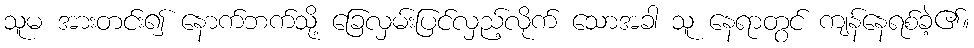
သူမ အားတင်း၍ နောက်ဘက်သို့ ခြေလှမ်းပြင်လှည့်လိုက် သောအခါ သူ နေရာတွင် ကျန်နေရစ်ခဲ့၏။